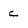
Character: c